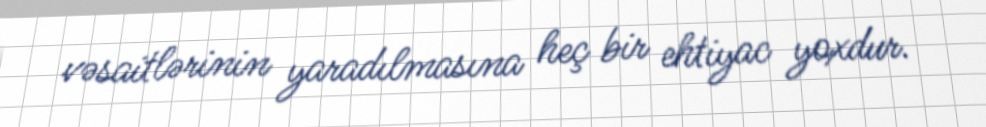
vəsaitlərinin yaradılmasına heç bir ehtiyac yoxdur.